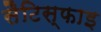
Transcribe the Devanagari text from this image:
सैटिस्फाइ